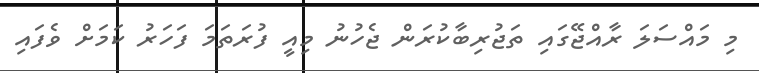
މި މައްސަލަ ރާއްޖޭގައި ތަޖުރިބާކުރަން ޖެހުނު މިއީ ފުރަތަމަ ފަހަރު ކަމަށް ވެފައި